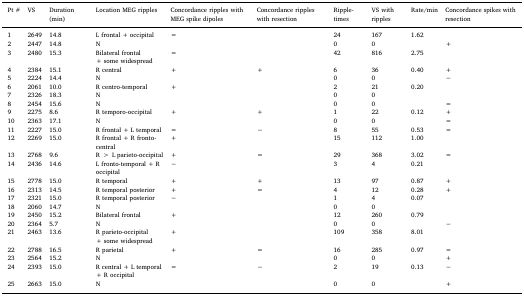
<table><thead><tr><td><b>Pt #</b></td><td><b>VS</b></td><td><b>Duration (min)</b></td><td><b>Location MEG ripples</b></td><td><b>Concordance ripples with MEG spike dipoles</b></td><td><b>Concordance ripples with resection</b></td><td><b>Ripple-times</b></td><td><b>VS with ripples</b></td><td><b>Rate/min</b></td><td><b>Concordance spikes with resection</b></td></tr></thead><tbody><tr><td>1</td><td>2649</td><td>14.8</td><td>L frontal + occipital</td><td>=</td><td></td><td>24</td><td>167</td><td>1.62</td><td></td></tr><tr><td>2</td><td>2447</td><td>14.8</td><td>N</td><td></td><td></td><td>0</td><td>0</td><td></td><td>+</td></tr><tr><td>3</td><td>2480</td><td>15.3</td><td>Bilateral frontal + some widespread</td><td>=</td><td></td><td>42</td><td>816</td><td>2.75</td><td></td></tr><tr><td>4</td><td>2384</td><td>15.1</td><td>R central</td><td>+</td><td>+</td><td>6</td><td>36</td><td>0.40</td><td>+</td></tr><tr><td>5</td><td>2224</td><td>14.4</td><td>N</td><td></td><td></td><td>0</td><td>0</td><td></td><td>−</td></tr><tr><td>6</td><td>2061</td><td>10.0</td><td>R centro-temporal</td><td>+</td><td></td><td>2</td><td>21</td><td>0.20</td><td></td></tr><tr><td>7</td><td>2326</td><td>18.3</td><td>N</td><td></td><td></td><td>0</td><td>0</td><td></td><td></td></tr><tr><td>8</td><td>2454</td><td>15.6</td><td>N</td><td></td><td></td><td>0</td><td>0</td><td></td><td>=</td></tr><tr><td>9</td><td>2275</td><td>8.6</td><td>R temporo-occipital</td><td>+</td><td>+</td><td>1</td><td>22</td><td>0.12</td><td>+</td></tr><tr><td>10</td><td>2363</td><td>17.1</td><td>N</td><td></td><td></td><td>0</td><td>0</td><td></td><td>=</td></tr><tr><td>11</td><td>2227</td><td>15.0</td><td>R frontal + L temporal</td><td>=</td><td>−</td><td>8</td><td>55</td><td>0.53</td><td>=</td></tr><tr><td>12</td><td>2269</td><td>15.0</td><td>R frontal + R fronto-central</td><td>+</td><td></td><td>15</td><td>112</td><td>1.00</td><td></td></tr><tr><td>13</td><td>2768</td><td>9.6</td><td>R &gt; L parieto-occipital</td><td>+</td><td>=</td><td>29</td><td>368</td><td>3.02</td><td>=</td></tr><tr><td>14</td><td>2436</td><td>14.6</td><td>L fronto-temporal + R occipital</td><td>−</td><td></td><td>3</td><td>4</td><td>0.21</td><td></td></tr><tr><td>15</td><td>2778</td><td>15.0</td><td>R temporal</td><td>+</td><td>+</td><td>13</td><td>97</td><td>0.87</td><td>+</td></tr><tr><td>16</td><td>2313</td><td>14.5</td><td>R temporal posterior</td><td>+</td><td>=</td><td>4</td><td>12</td><td>0.28</td><td>+</td></tr><tr><td>17</td><td>2321</td><td>15.0</td><td>R temporal posterior</td><td>−</td><td></td><td>1</td><td>4</td><td>0.07</td><td></td></tr><tr><td>18</td><td>2060</td><td>14.7</td><td>N</td><td></td><td></td><td>0</td><td>0</td><td></td><td></td></tr><tr><td>19</td><td>2450</td><td>15.2</td><td>Bilateral frontal</td><td>+</td><td></td><td>12</td><td>260</td><td>0.79</td><td></td></tr><tr><td>20</td><td>2364</td><td>5.7</td><td>N</td><td></td><td></td><td>0</td><td>0</td><td></td><td>−</td></tr><tr><td>21</td><td>2463</td><td>13.6</td><td>R parieto-occipital + some widespread</td><td>+</td><td></td><td>109</td><td>358</td><td>8.01</td><td></td></tr><tr><td>22</td><td>2788</td><td>16.5</td><td>R parietal</td><td>+</td><td>=</td><td>16</td><td>285</td><td>0.97</td><td>=</td></tr><tr><td>23</td><td>2564</td><td>15.2</td><td>N</td><td></td><td></td><td>0</td><td>0</td><td></td><td>+</td></tr><tr><td>24</td><td>2393</td><td>15.0</td><td>R central + L temporal + R occipital</td><td>=</td><td>−</td><td>2</td><td>19</td><td>0.13</td><td>−</td></tr><tr><td>25</td><td>2663</td><td>15.0</td><td>N</td><td></td><td></td><td>0</td><td>0</td><td></td><td>+</td></tr></tbody></table>